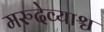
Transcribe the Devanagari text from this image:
मरुदेव्याश्च